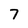
Character: 7